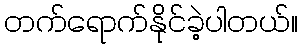
တက်ရောက်နိုင်ခဲ့ပါတယ်။